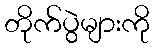
တိုက်ပွဲများကို